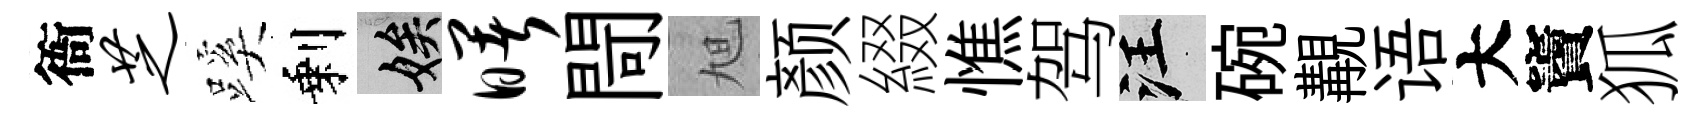
衙芝蹊剩娭曙閜旭颜綴憔驾汪碗覯语大竇狐